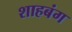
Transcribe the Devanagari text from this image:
शाहबंग